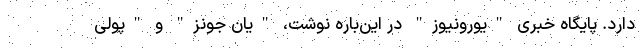
دارد. پایگاه خبری "یورونیوز" در این‌باره نوشت، "یان جونز" و "پولی